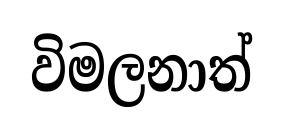
විමලනාත්